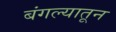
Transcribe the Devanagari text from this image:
बंगल्यातून